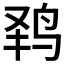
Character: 𱉟